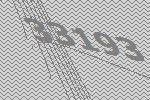
33193